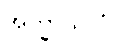
အက္ခာယိတံ